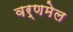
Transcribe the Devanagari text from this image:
वर्णमेल